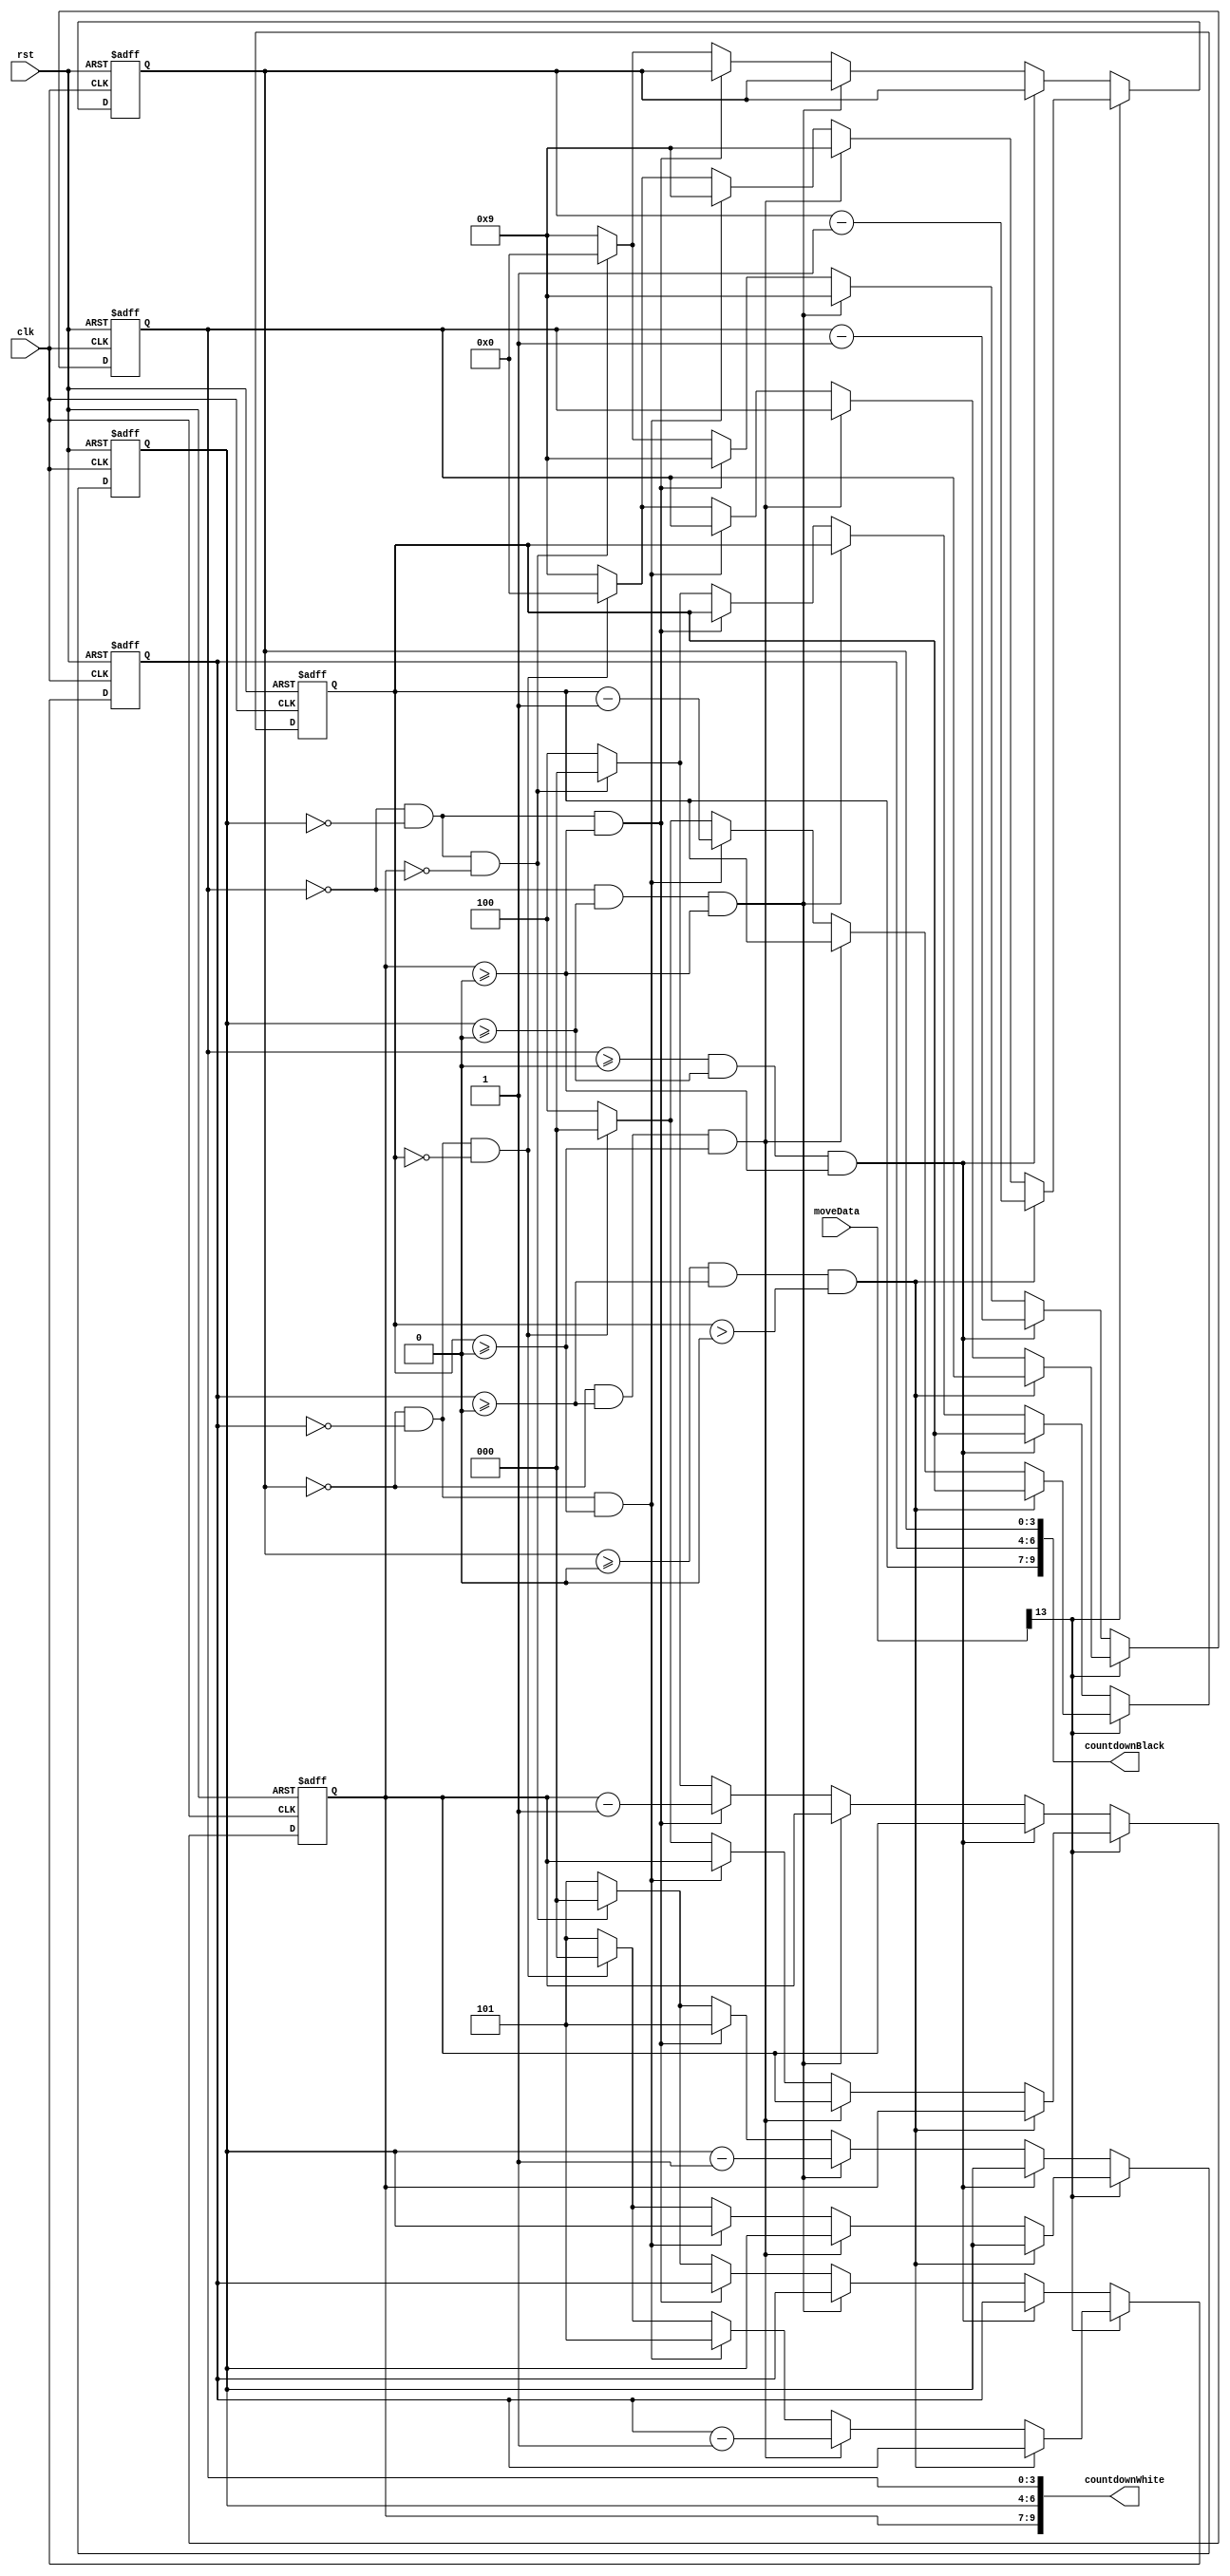
`timescale 1ns / 1ps
//////////////////////////////////////////////////////////////////////////////////
// Company: 
// 
// Design Name: 
// Module Name: timer
// Project Name: 
// Target Devices: 
// Tool Versions: 
// Description: 
// 
// Dependencies: 
// 
// Revision:
// Revision 0.01 - File Created
// Additional Comments:
// 
//////////////////////////////////////////////////////////////////////////////////


module timer(
    input [13:0] moveData,
    input clk, //1s
    input rst,
    output wire [9:0] countdownWhite,
    output wire [9:0] countdownBlack

    );
    
    reg [3:0] sec2Black = 4'b1001;
    reg [2:0] sec1Black = 3'b101;
    reg [2:0] minBlack = 3'b100;
    reg [3:0] sec2White = 4'b1001;
    reg [2:0] sec1White = 3'b101;
    reg [2:0] minWhite = 3'b100;
    
    
    always@(posedge clk, posedge rst) begin
        if(rst) begin
            sec2Black = 4'b1001;
            sec1Black = 3'b101;
            minBlack = 3'b100;
            sec2White = 4'b1001;
            sec1White = 3'b101;
            minWhite = 3'b100;
        end
        
        else begin
            if (moveData[13] == 0) begin
                if (sec2White>=0 && sec1White>=0 && minWhite>=0) begin
                    sec2Black = sec2Black;
                    sec1Black = sec1Black;
                    minBlack = minBlack;
                    sec2White = sec2White - 1;
                    sec1White = sec1White;
                    minWhite = minWhite;              
                end
                else if (sec2White == 0 && sec1White>=0 && minWhite>=0) begin
                    sec2Black = sec2Black;
                    sec1Black = sec1Black;
                    minBlack = minBlack;
                    sec2White = 4'b1001;
                    sec1White = sec1White - 1;
                    minWhite = minWhite;
                end
                else if (sec2White == 0 && sec1White == 0 && minWhite>=0) begin
                    sec2Black = sec2Black;
                    sec1Black = sec1Black;
                    minBlack = minBlack;
                    sec2White = 4'b1001;
                    sec1White = 3'b101;
                    minWhite = minWhite - 1;
                end
                else if (sec2White == 0 && sec1White == 0 && minWhite == 0) begin
                    sec2Black = 4'b0;
                    sec1Black = 3'b0;
                    minBlack = 3'b0;
                    sec2White = 4'b0;
                    sec1White = 3'b0;
                    minWhite = 3'b0;
                end
                else begin
                    sec2Black = 4'b1001;
                    sec1Black = 3'b101;
                    minBlack = 3'b100;
                    sec2White = 4'b1001;
                    sec1White = 3'b101;
                    minWhite = 3'b100;
                end
            end
            else if (moveData[13]) begin
                if (sec2Black >=0 && sec1Black>=0 && minBlack>0) begin
                    sec2Black = sec2Black - 1;
                    sec1Black = sec1Black;
                    minBlack = minBlack;
                    sec2White = sec2White;
                    sec1White = sec1White;
                    minWhite = minWhite;              
                end
                else if (sec2Black == 0 && sec1Black>=0 && minBlack>=0) begin
                    sec2Black = 4'b1001;
                    sec1Black = sec1Black - 1;
                    minBlack = minBlack;
                    sec2White = sec2White;
                    sec1White = sec1White;
                    minWhite = minWhite;
                end
                else if (sec2Black == 0 && sec1Black == 0 && minBlack>=0) begin
                    sec2Black = 4'b1001;
                    sec1Black = 3'b101;
                    minBlack = minBlack - 1;
                    sec2White = sec2White;
                    sec1White = sec1White;
                    minWhite = minWhite;
                end
                else if (sec2Black == 0 && sec1Black == 0 && minBlack == 0) begin
                    sec2Black = 4'b0;
                    sec1Black = 3'b0;
                    minBlack = 3'b0;
                    sec2White = 4'b0;
                    sec1White = 3'b0;
                    minWhite = 3'b0;
                end
                else begin 
                    sec2Black = 4'b1001;
                    sec1Black = 3'b101;
                    minBlack = 3'b100;
                    sec2White = 4'b1001;
                    sec1White = 3'b101;
                    minWhite = 3'b100;
                end
            end
        
        end
    end
    
    assign countdownWhite = {minWhite, sec1White, sec2White};
    assign countdownBlack = {minBlack, sec1Black, sec2Black};
    
    
endmodule